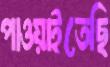
পাওয়াইতেছি